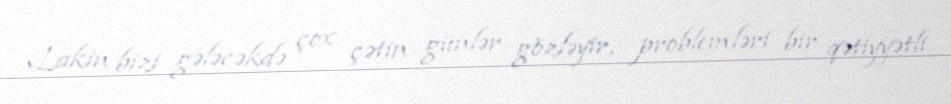
Lakin bizi gələcəkdə çox çətin günlər gözləyir, problemləri bir qətiyyətli